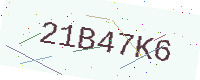
Text: 21B47K6